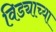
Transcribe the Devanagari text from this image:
विड्याच्‍या